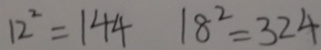
1 2 ^ { 2 } = 1 4 4 1 8 ^ { 2 } = 3 2 4